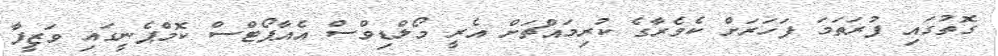
ގޮތުގައި ފުރަތަމަ ފަހަރަށް ކެމެރާގެ ކުރިމައްޗަށް އެރީ މޯލްޑިވްސް އެއާޕޯޓްސް ކޮމްޕެނީގައި ވަޒީފާ